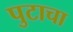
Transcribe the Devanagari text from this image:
पुटाचा